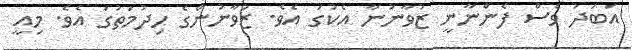
އަބަދު ވެސް ފެންނާނީ ޒުވާނުނާ އެކުގަ އެވެ. ޒުވާނުންގެ ހިދުމަތުގަ އެވެ. މިއީ